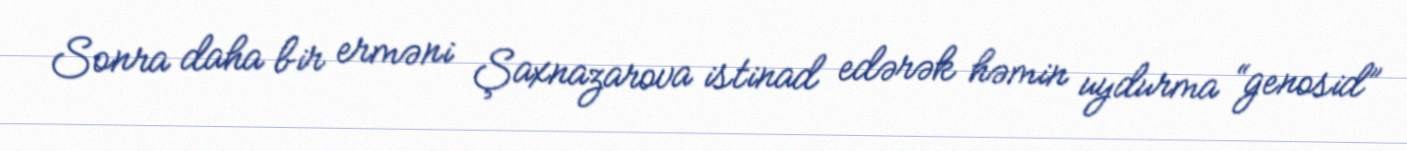
Sonra daha bir erməni Şaxnazarova istinad edərək həmin uydurma “genosid”